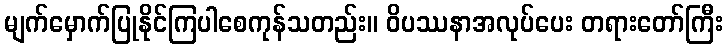
မျက်မှောက်ပြုနိုင်ကြပါစေကုန်သတည်း။ ဝိပဿနာအလုပ်ပေး တရားတော်ကြီး